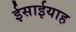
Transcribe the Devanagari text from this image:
ईसाईयाह